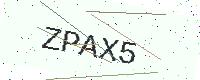
Text: ZPAX5